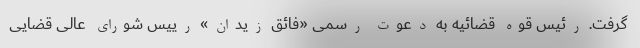
گرفت. رئیس قوه قضائیه به دعوت رسمی «فائق زیدان» رییس شورای عالی قضایی